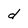
Character: d